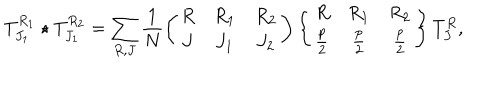
T _ { J _ { 1 } } ^ { R _ { 1 } } \star T _ { J _ { 1 } } ^ { R _ { 2 } } = \sum _ { R , J } \frac { 1 } { N } \left( \begin{array} { c c c } { { R } } & { { R _ { 1 } } } & { { R _ { 2 } } } \\ { { J } } & { { J _ { 1 } } } & { { J _ { 2 } } } \\ \end{array} \right) \left\{ \begin{array} { c c c } { { R } } & { { R _ { 1 } } } & { { R _ { 2 } } } \\ { { \frac { p } { 2 } } } & { { \frac { p } { 2 } } } & { { \frac { p } { 2 } } } \\ \end{array} \right\} T _ { J } ^ { R } ,